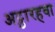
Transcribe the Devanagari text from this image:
अट्ठारहवा